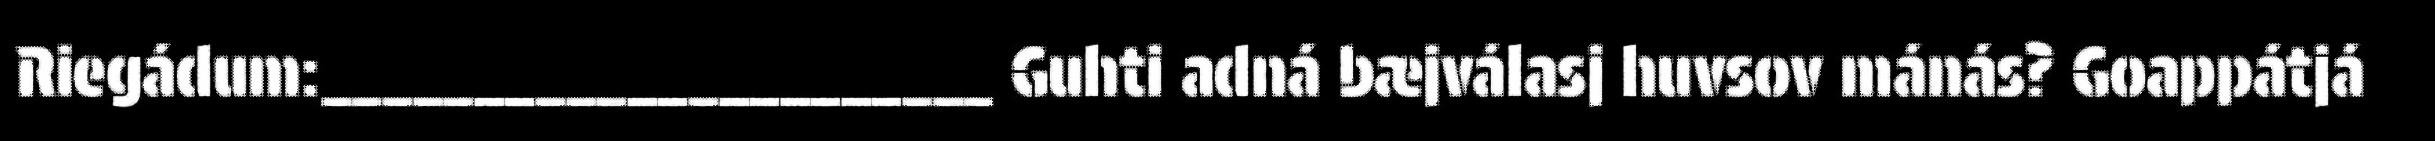
Riegádum:______________________ Guhti adná bæjválasj huvsov mánás? Goappátjá